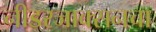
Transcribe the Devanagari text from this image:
नीडरजाक्सनचा